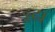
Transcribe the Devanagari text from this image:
ढ्ढढा